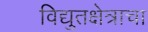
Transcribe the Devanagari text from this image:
विद्युतक्षेत्राचा